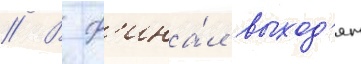
// В ф'ина́л выход'ят